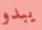
يبدو